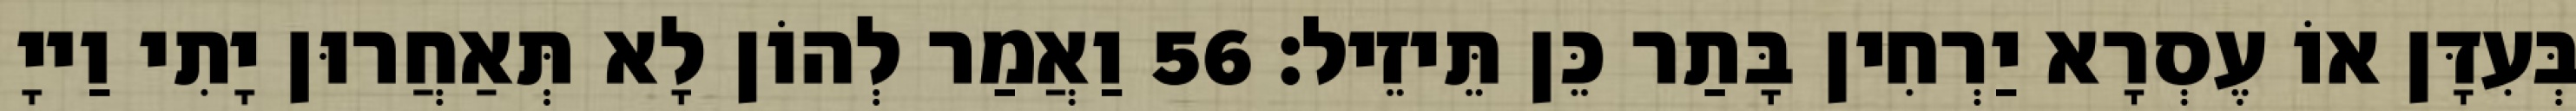
בְּעִדָּן אוֹ עֶסְרָא יַרְחִין בָּתַר כֵּן תֵּיזֵיל׃ 56 וַאֲמַר לְהוֹן לָא תְּאַחֲרוּן יָתִי וַייָ